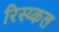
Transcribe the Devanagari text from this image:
रिस्य्कल